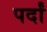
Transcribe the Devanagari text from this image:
पर्दां